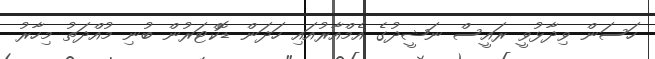
ހަސަން ވިދާޅުވީ ރައީސް ނަޝީދުގެ އެމްއާރުއައި ހަދަން ޑޮކްޓަރުން ބުނި މުއްދަތު މިހާރު